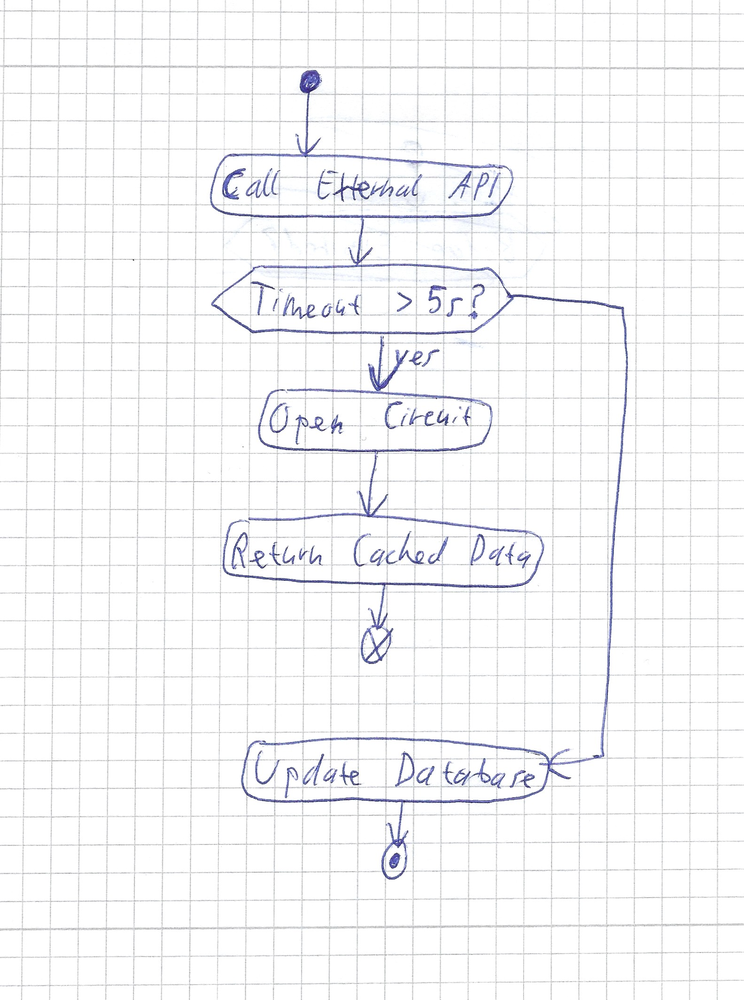
Diagram type: activity_diagram
```plantuml
@startuml

start
:Call External API;
if (Timeout > 5s?) then (yes)
  :Open Circuit;
  :Return Cached Data;
  end
endif
:Update Database;
stop

@enduml
```